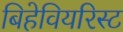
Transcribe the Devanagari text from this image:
बिहेवियरिस्ट